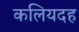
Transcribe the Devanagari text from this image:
कलियदह